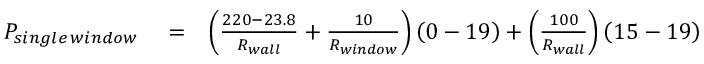
\begin{array} { r l r } { P _ { s i n g l e \, w i n d o w } } & { { } = } & { \left( \frac { 2 2 0 - 2 3 . 8 } { R _ { w a l l } } + \frac { 1 0 } { R _ { w i n d o w } } \right) \left( 0 - 1 9 \right) + \left( \frac { 1 0 0 } { R _ { w a l l } } \right) \left( 1 5 - 1 9 \right) } \end{array}